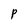
Character: P